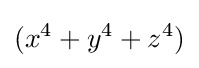
(x^{4}+y^{4}+z^{4})